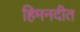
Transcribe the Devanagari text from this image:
हिमनदीत